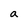
Character: a